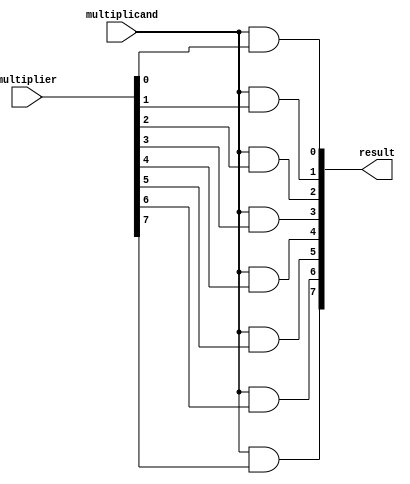
module nx1_product(multiplicand, multiplier, result);
	parameter DATA_WIDTH = 8;
	output [DATA_WIDTH-1:0] result;
	input multiplicand;
  	input  [DATA_WIDTH-1:0] multiplier;
  genvar i;
  generate 
    for (i = 0; i < DATA_WIDTH; i = i + 1) begin
          and a0 (result[i],multiplicand, multiplier[i]);
    end
  endgenerate	
endmodule